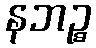
နဘဉ္စ